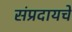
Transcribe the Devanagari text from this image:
संप्रदायचे